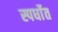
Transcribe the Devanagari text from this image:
स्पर्धाेत